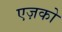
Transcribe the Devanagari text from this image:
एज़को